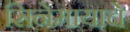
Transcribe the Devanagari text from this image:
सिनेमायाचे